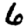
Digit: 6